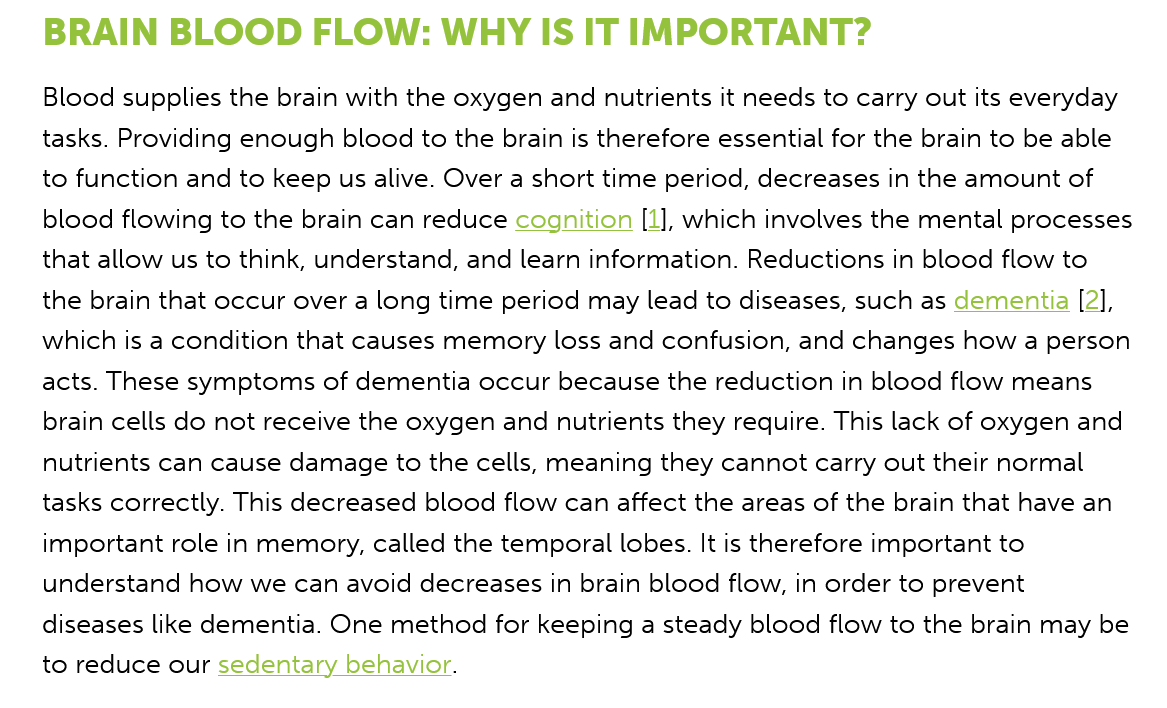
BRAIN   BLOOD    FLOW:    WHY IS    IT IMPORTANT?
    Blood supplies the brain with the oxygen and nutrients it needs to carry out its everyday
   tasks. Providing enough blood to the brain is therefore essential for the brain to be able
   to function and to keep us alive. Over a short time period, decreases in the amount of
    blood flowing to the brain can reduce cognition [1], which involves the mental processes
   that allow us to think, understand, and learn information. Reductions in blood flow to
   the brain that occur over a long time period may lead to diseases, such as dementia [2],
   which is a condition that causes memory loss and confusion, and changes how a person
   acts. These symptoms of dementia occur because the reduction in blood flow means
    brain cells do not receive the oxygen and nutrients they require. This lack of oxygen and
    nutrients can cause damage to the cells, meaning they cannot carry out their normal
   tasks correctly. This decreased blood flow can affect the areas of the brain that have an
    important role in memory, called the temporal lobes. It is therefore important to
    understand how we can avoid decreases in brain blood flow, in order to prevent
   diseases like dementia. One method for keeping a steady blood flow to the brain may be
   to reduce our sedentary behavior.